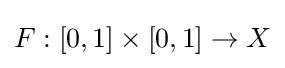
F:[0,1]\times [0,1]\to X